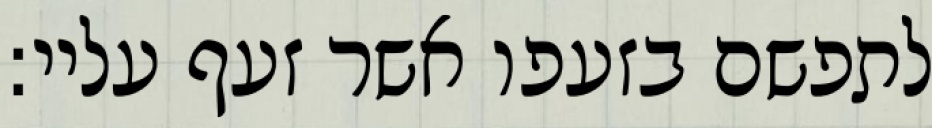
לתפשם בזעפו אשר זעף עליי: